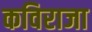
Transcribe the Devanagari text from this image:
कविराजा